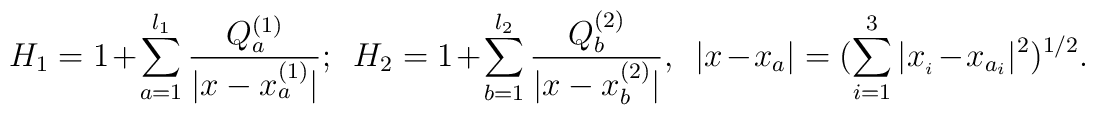
H_{1}=1+\sum_{a=1}^{l_{1}} \frac{Q_{a}^{(1)}}{|x-x_{a}^{(1)}|};~~  H_{2}=1+\sum_{b=1}^{l_{2}} \frac{Q_{b}^{(2)}}{|x-x_{b}^{(2)}|},~~|x-x_{a}|=(\sum _{i=1}^{3}|x_{_{i}}-x_{a_{i}}|^{2})^{1/2}.